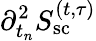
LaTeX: {\partial_{t_{n}}^{2}S_{\mathrm{sc}}^{(t,\tau)}}